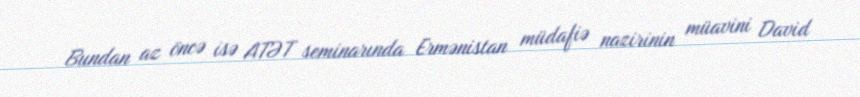
Bundan az öncə isə ATƏT seminarında Ermənistan müdafiə nazirinin müavini David